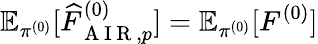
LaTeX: \mathbb{E}_{\pi^{(0)}}[\widehat{F}_{\mathrm{~A~I~R~},p}^{(0)}]=\mathbb{E}_{\pi^{(0)}}[F^{(0)}]